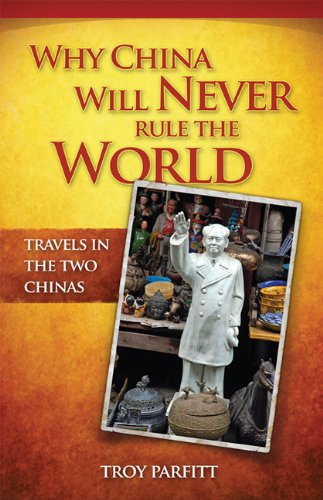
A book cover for Why China Will Never Rule the World: Travels in the Two Chinas; Troy Parfitt; Travel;